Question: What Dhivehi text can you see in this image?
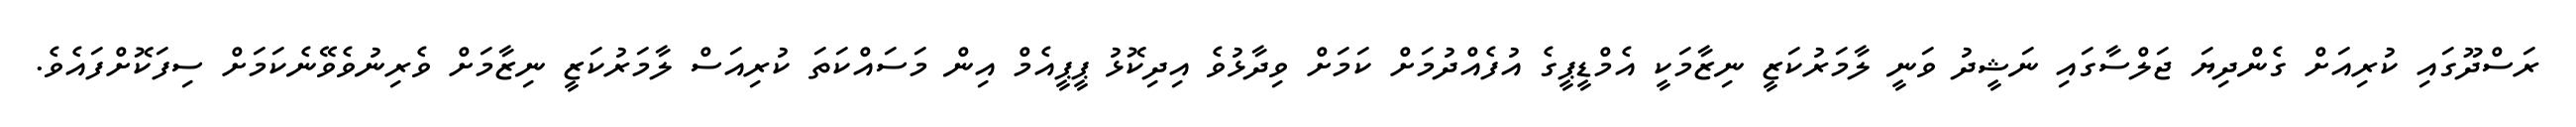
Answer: ރަސްދޫގައި ކުރިއަށް ގެންދިޔަ ޖަލްސާގައި ނަޝީދު ވަނީ ލާމަރުކަޒީ ނިޒާމަކީ އެމްޑީޕީގެ އުފެއްދުމަށް ކަމަށް ވިދާޅުވެ އިދިކޮޅު ޕީޕީއެމް އިން މަސައްކަތަ ކުރިއަސް ލާމަރުކަޒީ ނިޒާމަށް ވެރިނުވެވޭނެކަމަށް ސިފަކޮށްފައެވެ.